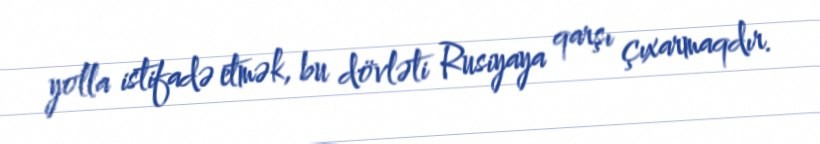
yolla istifadə etmək, bu dövləti Rusiyaya qarşı çıxarmaqdır.